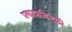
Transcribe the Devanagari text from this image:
प्रकाशबिजली